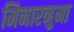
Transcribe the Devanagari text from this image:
मिनारनुमा